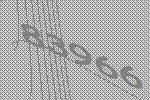
83966